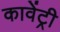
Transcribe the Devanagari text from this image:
कावेंट्री